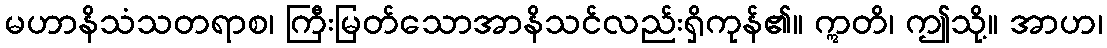
မဟာနိသံသတရာစ၊ ကြီးမြတ်သောအာနိသင်လည်းရှိကုန်၏။ ဣတိ၊ ဤသို့။ အာဟ၊